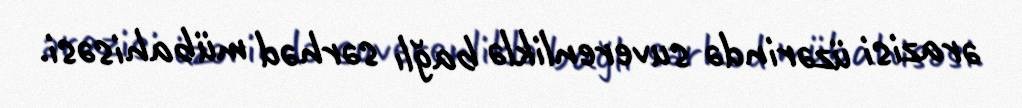
ərazisi üzərində suverenliklə bağlı sərhəd mübahisəsi.